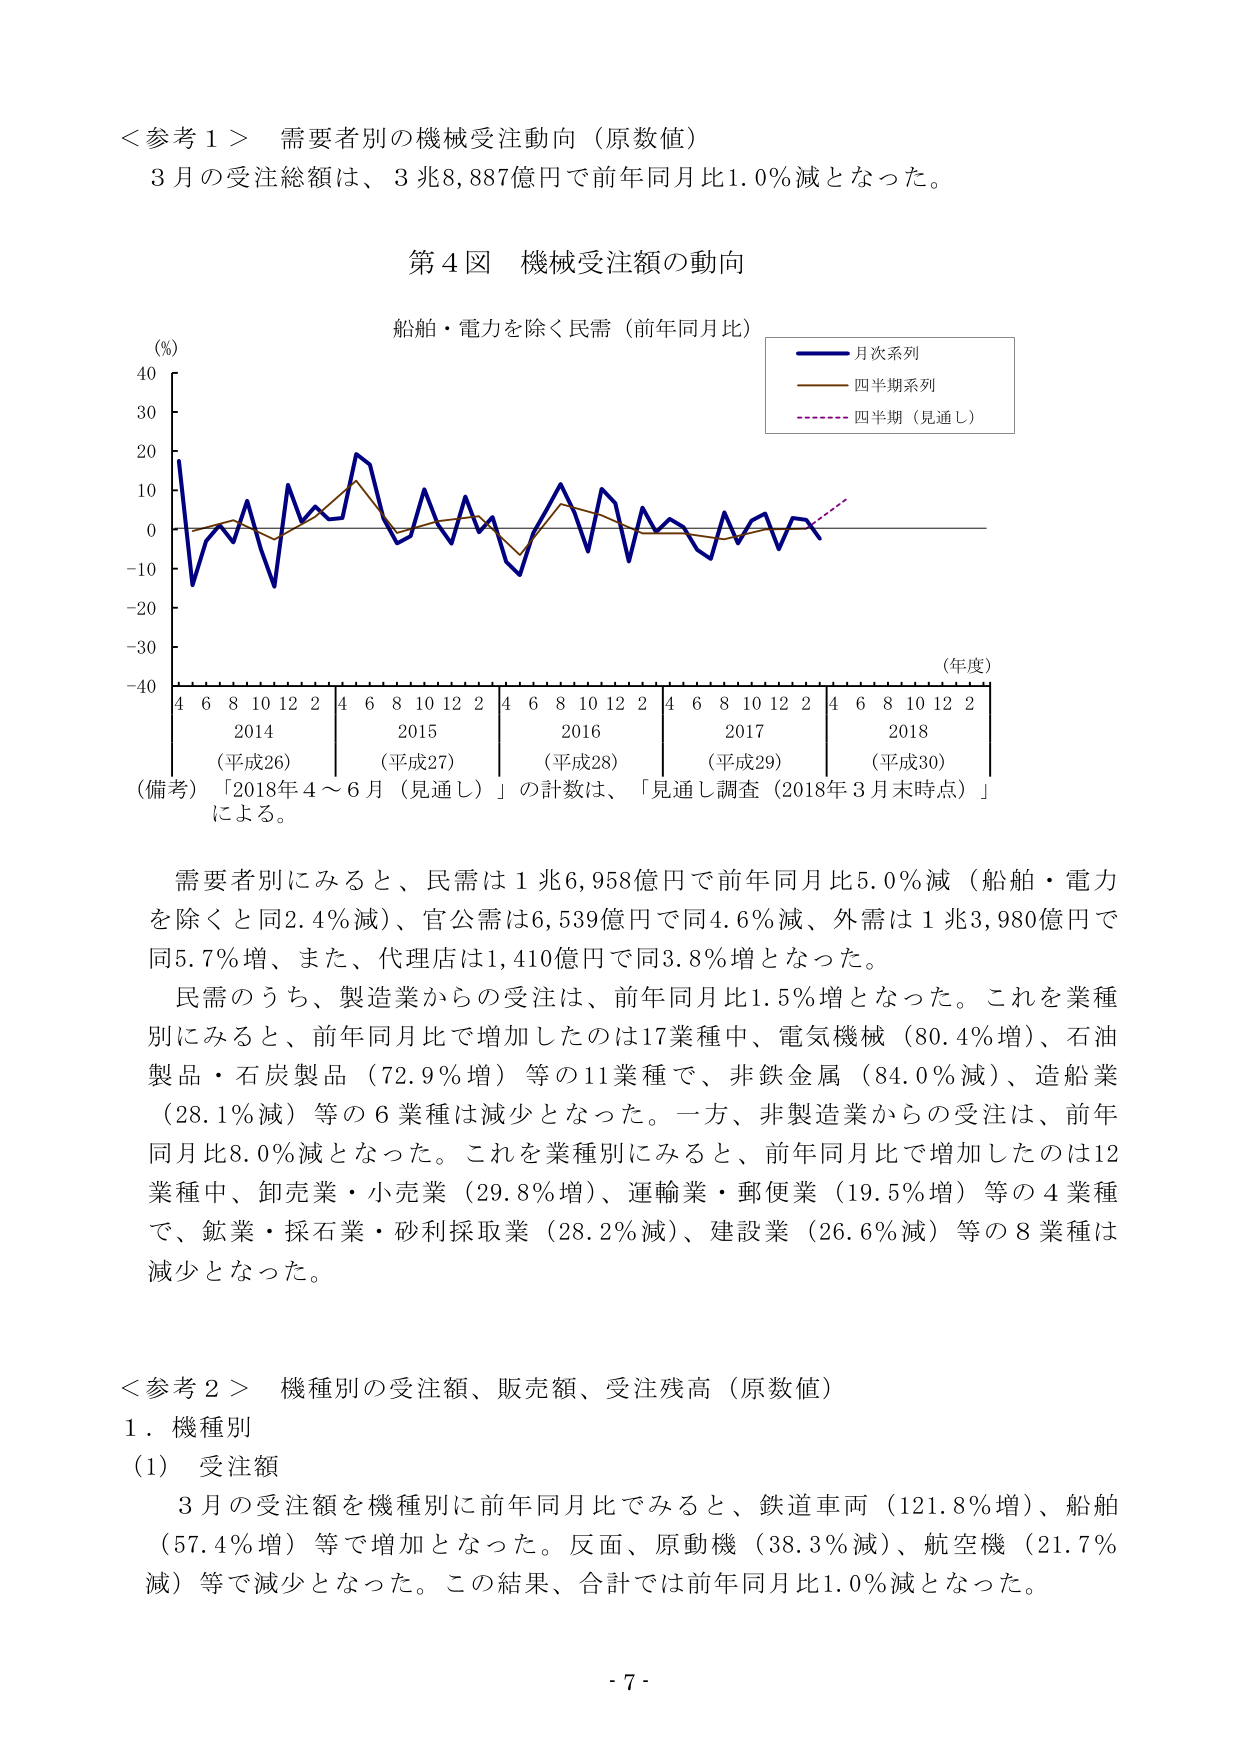
＜参考１＞ 需要者別の機械受注動向（原数値）
３月の受注総額は、３兆8,887億円で前年同月比1.0％減となった。

第４図 機械受注額の動向
船舶・電力を除く民需（前年同月比）
（％）
40
30
20
10
0
-10
-20
-30
-40
（年度）
4 6 8 10 12 2 4 6 8 10 12 2 4 6 8 10 12 2 4 6 8 10 12 2 4 6 8 10 12 2
2014 （平成26） 2015 （平成27） 2016 （平成28） 2017 （平成29） 2018 （平成30）
（備考）「2018年４～６月（見通し）」の計数は、「見通し調査（2018年３月末時点）」による。

月次系列
四半期系列
四半期（見通し）

需要者別にみると、民需は１兆6,958億円で前年同月比5.0％減（船舶・電力を除くと同2.4％減）、官公需は6,539億円で同4.6％減、外需は１兆3,980億円で同5.7％増、また、代理店は1,410億円で同3.8％増となった。
民需のうち、製造業からの受注は、前年同月比1.5％増となった。これを業種別にみると、前年同月比で増加したのは17業種中、電気機械（80.4％増）、石油製品・石炭製品（72.9％増）等の11業種で、非鉄金属（84.0％減）、造船業（28.1％減）等の６業種は減少となった。一方、非製造業からの受注は、前年同月比8.0％減となった。これを業種別にみると、前年同月比で増加したのは12業種中、卸売業・小売業（29.8％増）、運輸業・郵便業（19.5％増）等の４業種で、鉱業・採石業・砂利採取業（28.2％減）、建設業（26.6％減）等の８業種は減少となった。

＜参考２＞ 機種別の受注額、販売額、受注残高（原数値）
１．機種別
（1） 受注額
３月の受注額を機種別に前年同月比でみると、鉄道車両（121.8％増）、船舶（57.4％増）等で増加となった。反面、原動機（38.3％減）、航空機（21.7％減）等で減少となった。この結果、合計では前年同月比1.0％減となった。

- 7 -